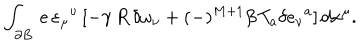
\int _ { \partial B } \, e \, \varepsilon _ { \mu } { } ^ { \nu } \, [ - \gamma \, R \, \delta \omega _ { \nu } + ( - ) ^ { M + 1 } \beta \, T _ { a } \delta e _ { \nu } { } ^ { a } ] \, d x ^ { \mu } .